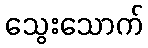
သွေးသောက်